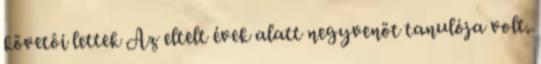
követôi lettek Az eltelt évek alatt negyvenöt tanulója volt.